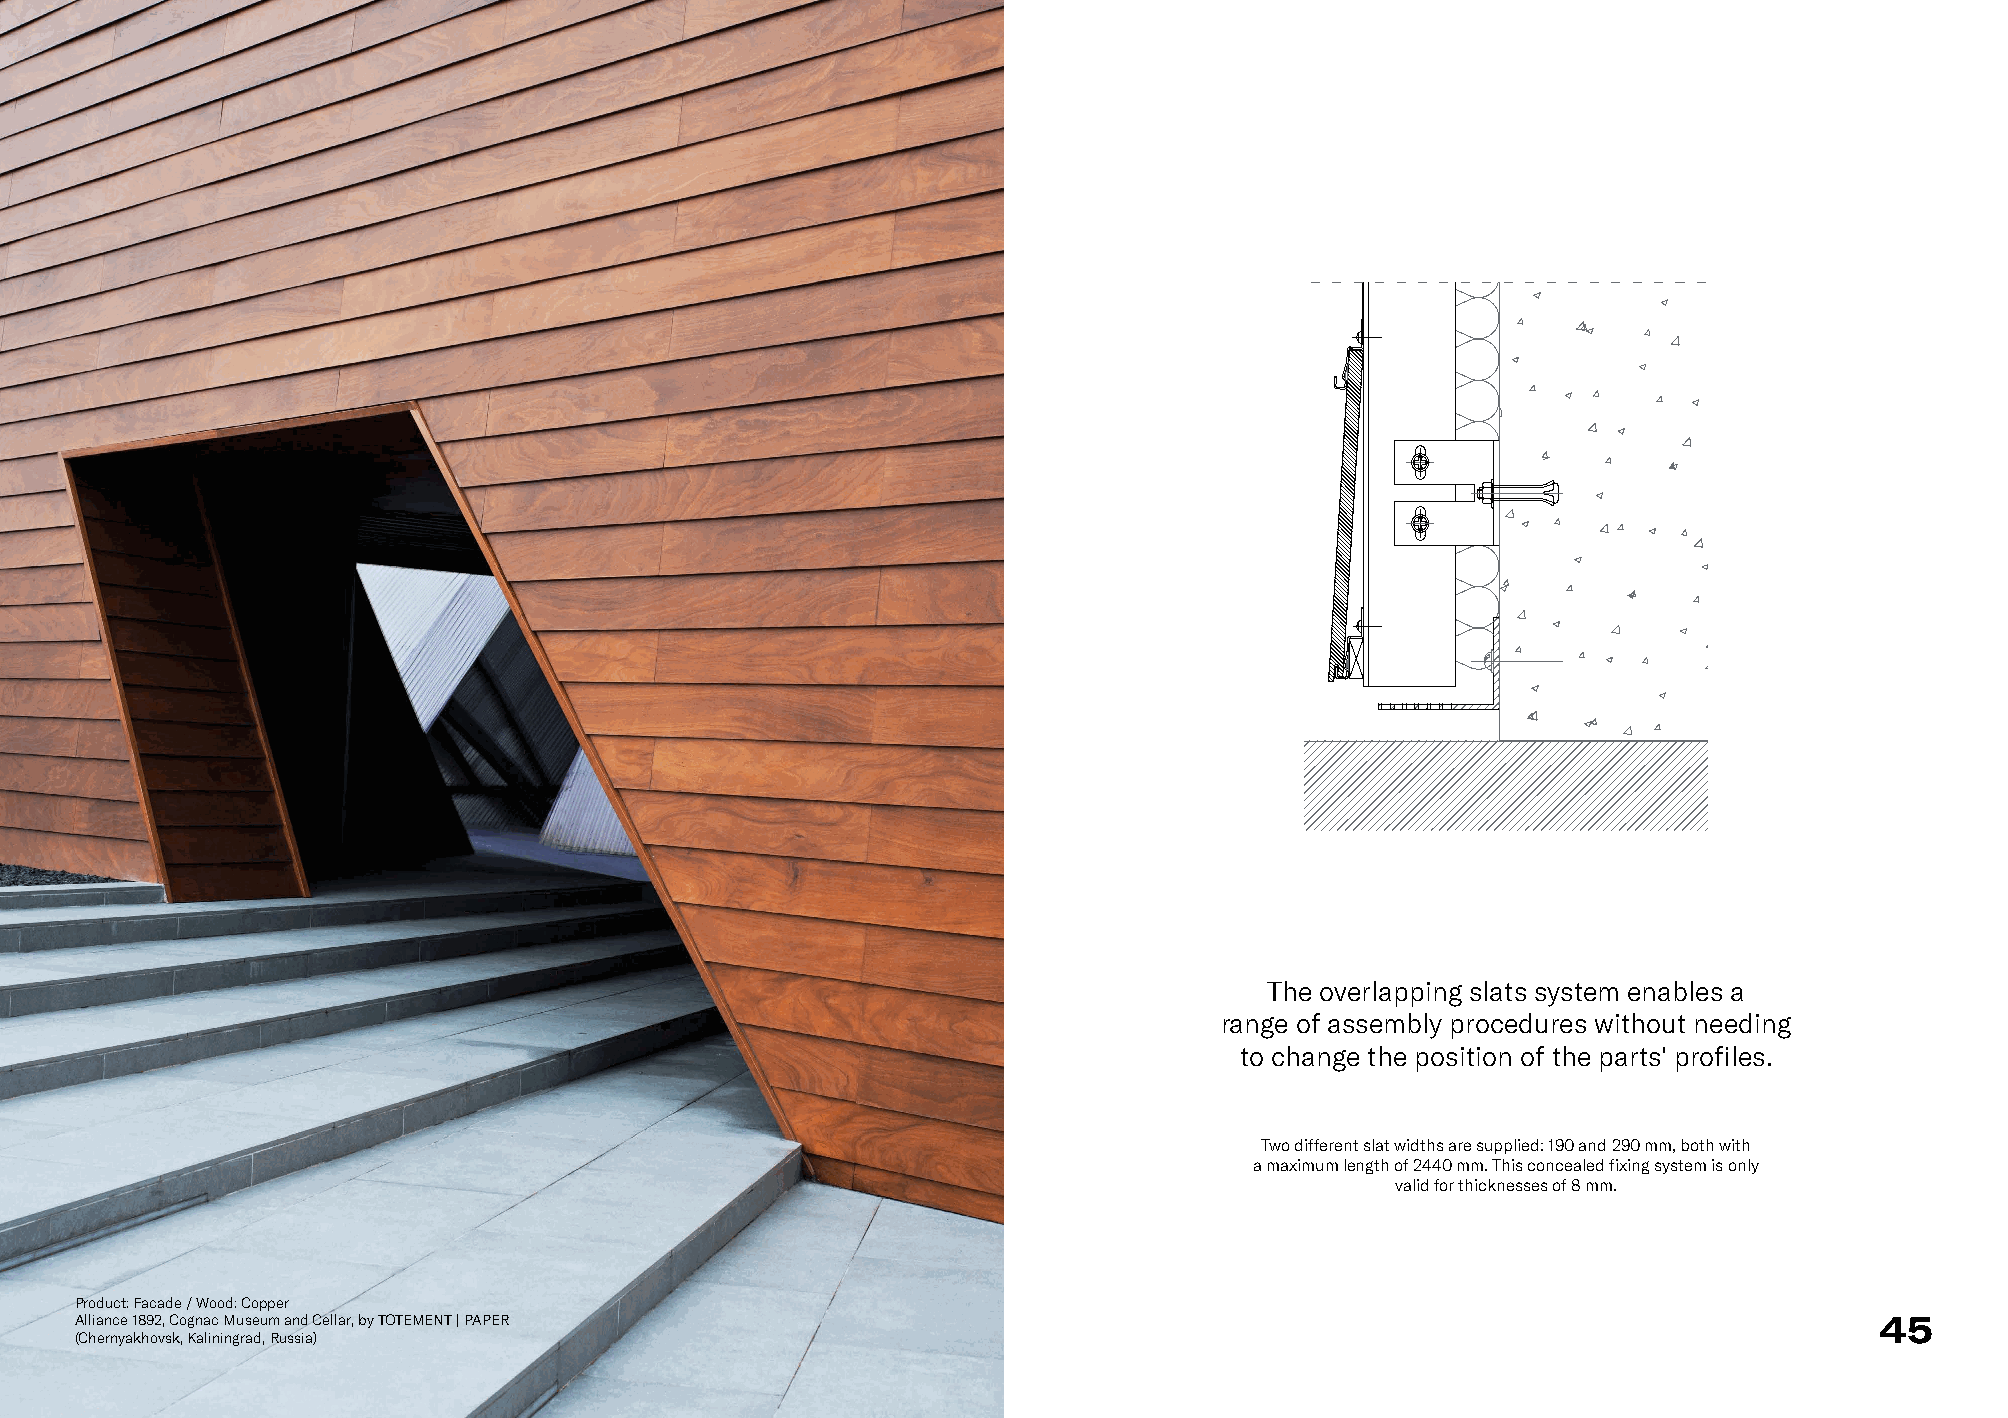
The overlapping slats system enables a
 range of assembly procedures without needing
 to change the position of the parts' profiles.
 Two different slat widths are supplied: 190 and 290 mm, both with
 a maximum length of 2440 mm. This concealed fixing system is only
 valid for thicknesses of 8 mm.
 Product: Facade / Wood: Copper
 Alliance 1892, Cognac Museum and Cellar, by TOTEMENT | PAPER                                                           45
 (Chernyakhovsk, Kaliningrad, Russia)